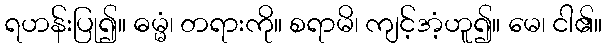
ရဟန်းပြု၍။ ဓမ္မံ၊ တရားကို။ စရာမိ၊ ကျင့်အံ့ဟူ၍။ မေ၊ ငါ၏။